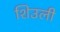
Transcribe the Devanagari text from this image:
शिउली